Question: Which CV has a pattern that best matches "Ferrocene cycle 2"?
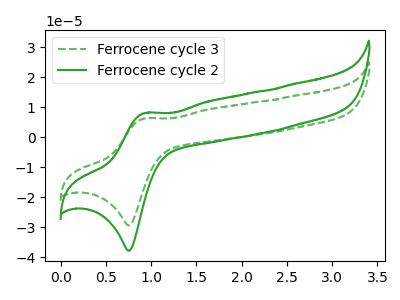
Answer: <think>The green dashed curve "Ferrocene cycle 3" has an anodic peak at (0.95V, 6.25uA) and a cathodic peak at (0.75V, -29.40uA). The green curve "Ferrocene cycle 2" has an anodic peak at (0.95V, 8.00uA) and a cathodic peak at (0.75V, -37.85uA).
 All the peaks in "Ferrocene cycle 3" have a peak in "Ferrocene cycle 2" at the same potential. Every peak in "Ferrocene cycle 3" is lower than every peak in "Ferrocene cycle 2".</think>
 <answer>The CV with the most similar shape to "Ferrocene cycle 3" is "Ferrocene cycle 2".</answer>
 <eval>"Ferrocene cycle 2"</eval>